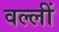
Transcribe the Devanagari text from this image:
वल्लीं